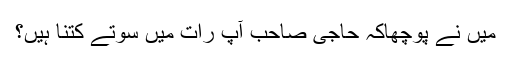
میں نے پوچھاکہ حاجی صاحب آپ رات میں سوتے کتنا ہیں؟